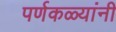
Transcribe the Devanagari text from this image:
पर्णकळ्यांनी